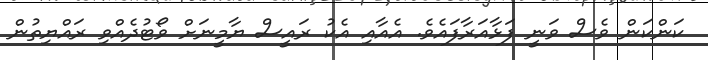
ކަންކަން ވެސް ވަނީ ފަޅާއަރާފައެވެ. އެއާއި އެކު ރައީސް ޔާމީނަށް ވޯޓުދެއްވި ރައްޔިތުން